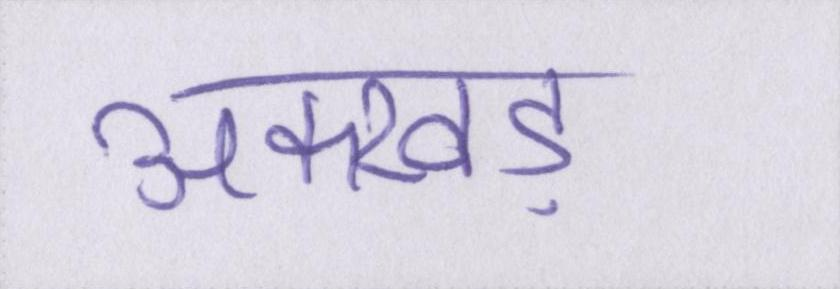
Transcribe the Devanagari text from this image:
अक्खड़